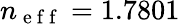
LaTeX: n_{\mathrm{~e~f~f~}}=1.7801